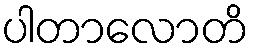
ပါတာလောတိ